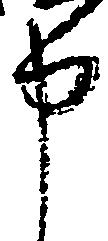
申